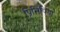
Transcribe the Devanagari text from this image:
प्रिसिपिया